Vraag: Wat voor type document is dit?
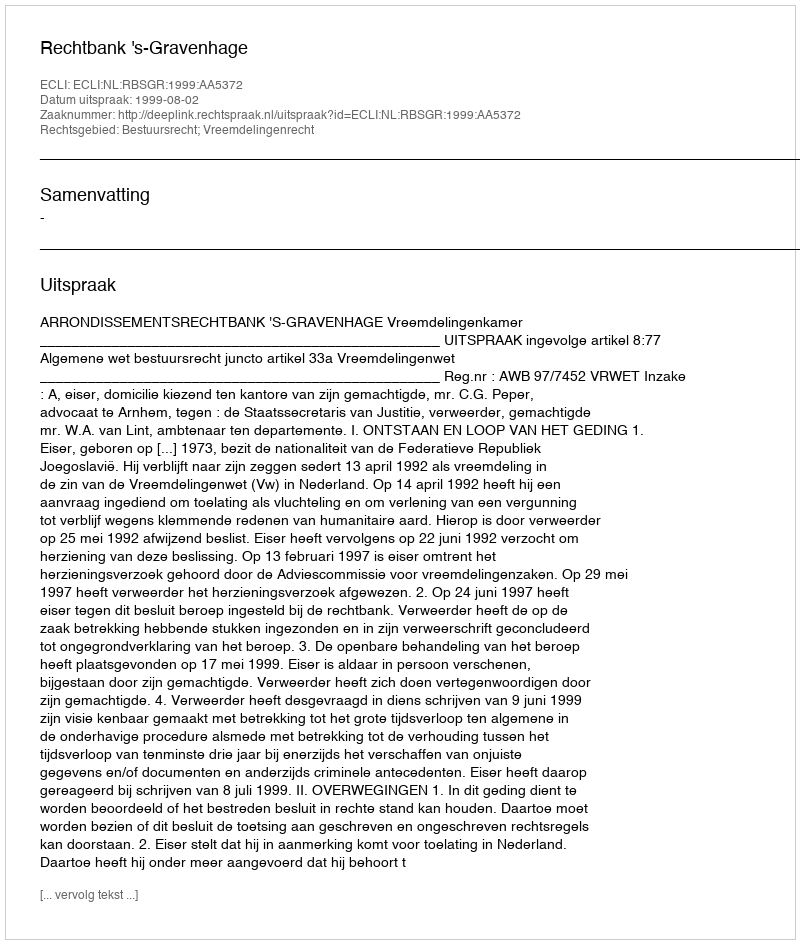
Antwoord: Uitspraak